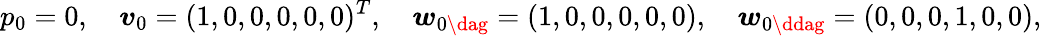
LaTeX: p_{0}=0,\quad\boldsymbol{v}_{0}=(1,0,0,0,0,0)^{T},\quad\boldsymbol{w}_{0\dag}=(1,0,0,0,0,0),\quad\boldsymbol{w}_{0\ddag}=(0,0,0,1,0,0),